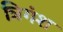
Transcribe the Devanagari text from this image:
त्रिगंश